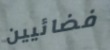
فضائيين